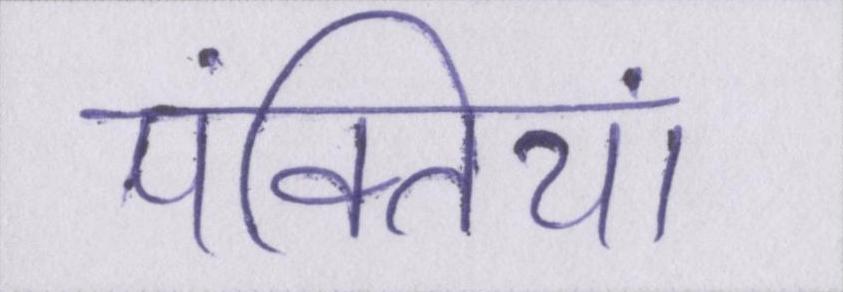
पंक्तियां